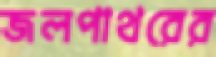
জলপাথরের